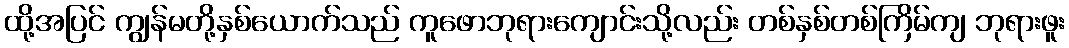
ထို့အပြင် ကျွန်မတို့နှစ်ယောက်သည် ကူဖောဘုရားကျောင်းသို့လည်း တစ်နှစ်တစ်ကြိမ်ကျ ဘုရားဖူး